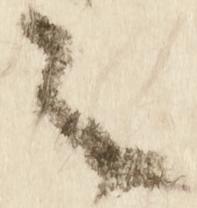
之